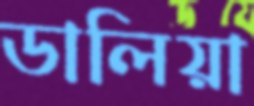
ডালিয়া